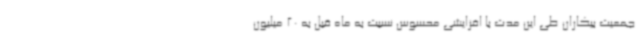
جمعیت بیکاران طی این مدت با افزایشی محسوس نسبت به ماه قبل به 20 میلیون